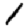
Digit: 1